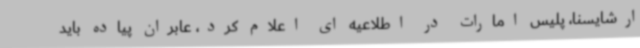
ارشایسنا، پلیس امارات در اطلاعیه ای اعلام کرد، عابران پیاده باید